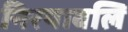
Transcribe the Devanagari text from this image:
निरयावलि